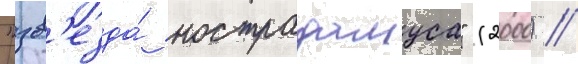
"зв'езда́ нострадамуса" (2000) //